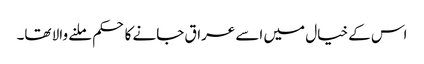
اس کے خیال میں اسے عراق جانے کا حکم ملنے والا تھا۔